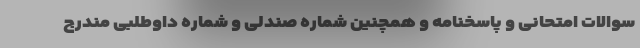
سوالات امتحانی و پاسخنامه و همچنین شماره صندلی و شماره داوطلبی مندرج